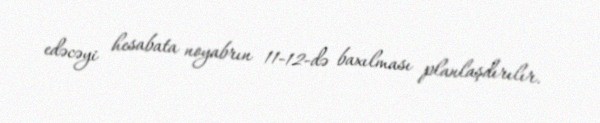
edəcəyi hesabata noyabrın 11-12-də baxılması planlaşdırılır.